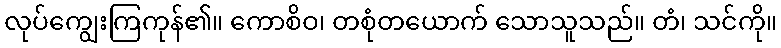
လုပ်ကျွေးကြကုန်၏။ ကောစိဝ၊ တစုံတယောက် သောသူသည်။ တံ၊ သင်ကို။